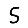
Digit: 5